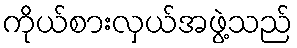
ကိုယ်စားလှယ်အဖွဲ့သည်